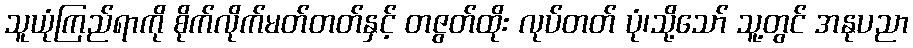
သူယုံကြည်ရာကို စိုက်လိုက်မတ်တတ်နှင့် တဇွတ်ထိုး လုပ်တတ် ပုံ၊သို့သော် သူ့တွင် အနုပညာ